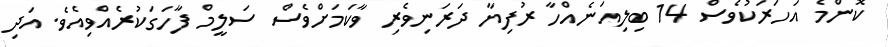
ކޮންމެ އަހަރަކުވެސް 14 ބިލިއަނެއްހާ ރުފިޔާ ދަރަނިވެރި ވާކަމަށްވެސް ސަލީމް ފާހަގަކުރެއްވިއެވެ. އަދި